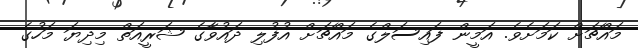
މައްޗަށް ކަމަށެވެ. އަމީން ފައިސަލްގެ މައްޗަށް އުފުލި ދައުވާގެ ޝަރީއަތް މިދިޔަ މަހުގެ